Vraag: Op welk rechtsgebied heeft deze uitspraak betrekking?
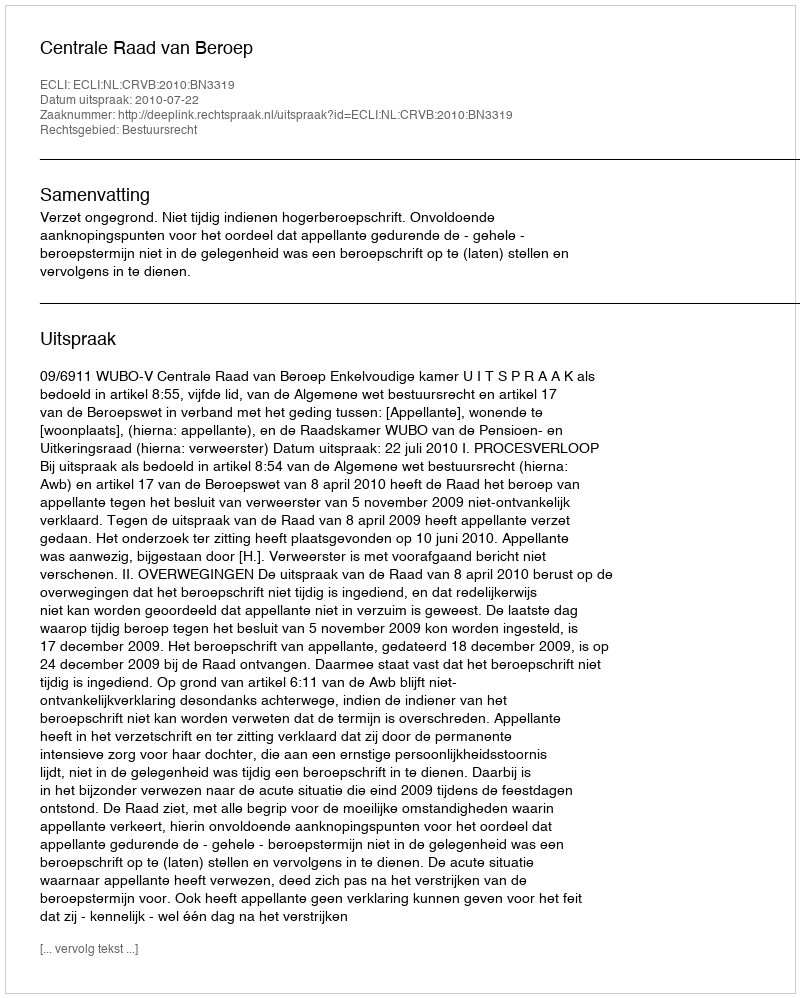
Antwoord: Bestuursrecht